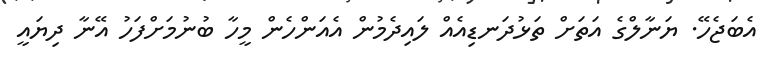
އެބަޖެހޭ. ޔަނާލްގެ އަތަށް ތަޅުދަނޑިއެއް ލައިދެމުން އެއަންހެން މީހާ ބުނުމަށްފަހު އޭނާ ދިޔައީ